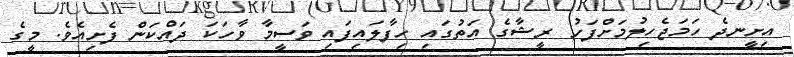
އިށީނދެ ހަމަޖެހިިލުމަށްފަހު